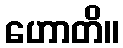
ဟောတိ။